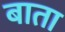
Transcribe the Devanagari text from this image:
बाता